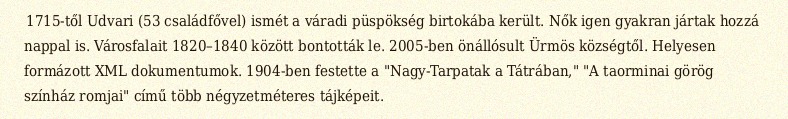
1715-től Udvari (53 családfővel) ismét a váradi püspökség birtokába került. Nők igen gyakran jártak hozzá nappal is. Városfalait 1820–1840 között bontották le. 2005-ben önállósult Ürmös községtől. Helyesen formázott XML dokumentumok. 1904-ben festette a "Nagy-Tarpatak a Tátrában," "A taorminai görög színház romjai" című több négyzetméteres tájképeit.